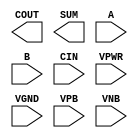
module sky130_fd_sc_ls__fahcin (
    COUT,
    SUM ,
    A   ,
    B   ,
    CIN ,
    VPWR,
    VGND,
    VPB ,
    VNB
);

    output COUT;
    output SUM ;
    input  A   ;
    input  B   ;
    input  CIN ;
    input  VPWR;
    input  VGND;
    input  VPB ;
    input  VNB ;
endmodule